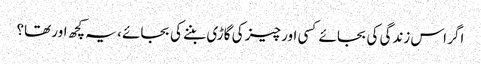
اگر اس زندگی کی بجائے کسی اور چیز کی گاڑی بننے کی بجائے ، یہ کچھ اور تھا؟